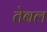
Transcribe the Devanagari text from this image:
तेबल